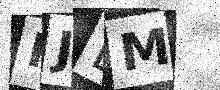
Text: KJBM